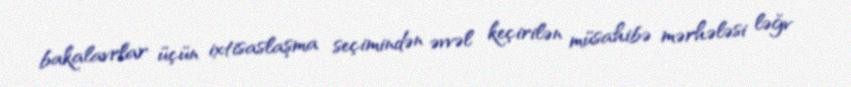
bakalavrlar üçün ixtisaslaşma seçimindən əvvəl keçirilən müsahibə mərhələsi ləğv